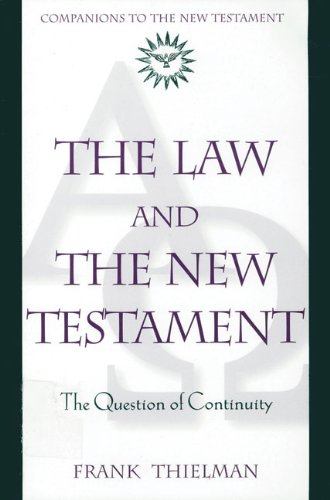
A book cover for The Law and the New Testament: The Question of Continuity (Companions to the New Testament); Frank Thielman; Religion & Spirituality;